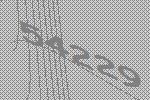
54229